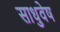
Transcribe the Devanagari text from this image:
साधुवेष